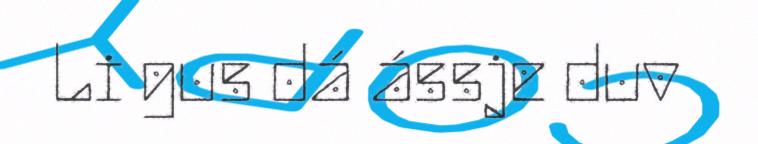
Li gus dá ássje duv